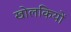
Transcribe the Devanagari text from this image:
खोलकियों